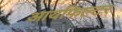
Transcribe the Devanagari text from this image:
आयफिल्टर